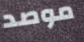
موصد